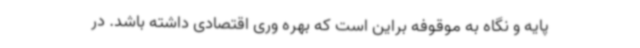
پایه و نگاه به موقوفه براین است که بهره وری اقتصادی داشته باشد. در